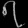
Digit: ၇